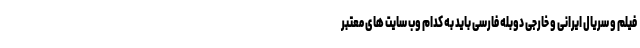
فیلم و سریال ایرانی و خارجی دوبله فارسی باید به کدام وب سایت های معتبر